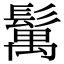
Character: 𩮐